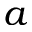
a